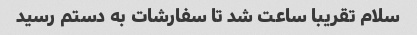
سلام تقریبا ساعت شد تا سفارشات به دستم رسید